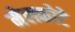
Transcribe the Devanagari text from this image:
मेलकोटे